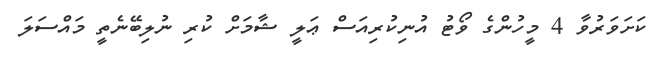
ކަށަވަރުވާ 4 މީހުންގެ ވޯޓު އުނިކުރިއަސް ޢަލީ ޝާމަށް ކުރި ނުލިބޭނެތީ މައްސަލަ